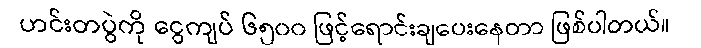
ဟင်းတပွဲကို ငွေကျပ် ၆၅၀၀ ဖြင့်ရောင်းချပေးနေတာ ဖြစ်ပါတယ်။